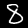
Label: 8